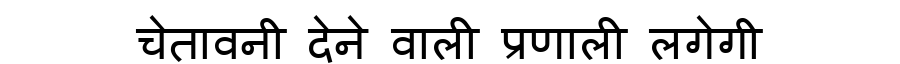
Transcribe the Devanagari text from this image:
चेतावनी देने वाली प्रणाली लगेगी